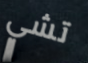
تشي